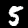
Digit: 5